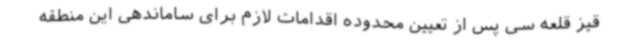
قیز قلعه سی پس از تعیین محدوده اقدامات لازم برای ساماندهی این منطقه